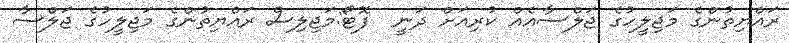
ރައްޔިތުންގެ މަޖިލީހުގެ ޖަލްސާއެއް ކުރިއަށް ދަނީ  ފޮޓޯ:މަޖިލިސް ރައްޔިތުންގެ މަޖިލީހުގެ ޖަލްސާ